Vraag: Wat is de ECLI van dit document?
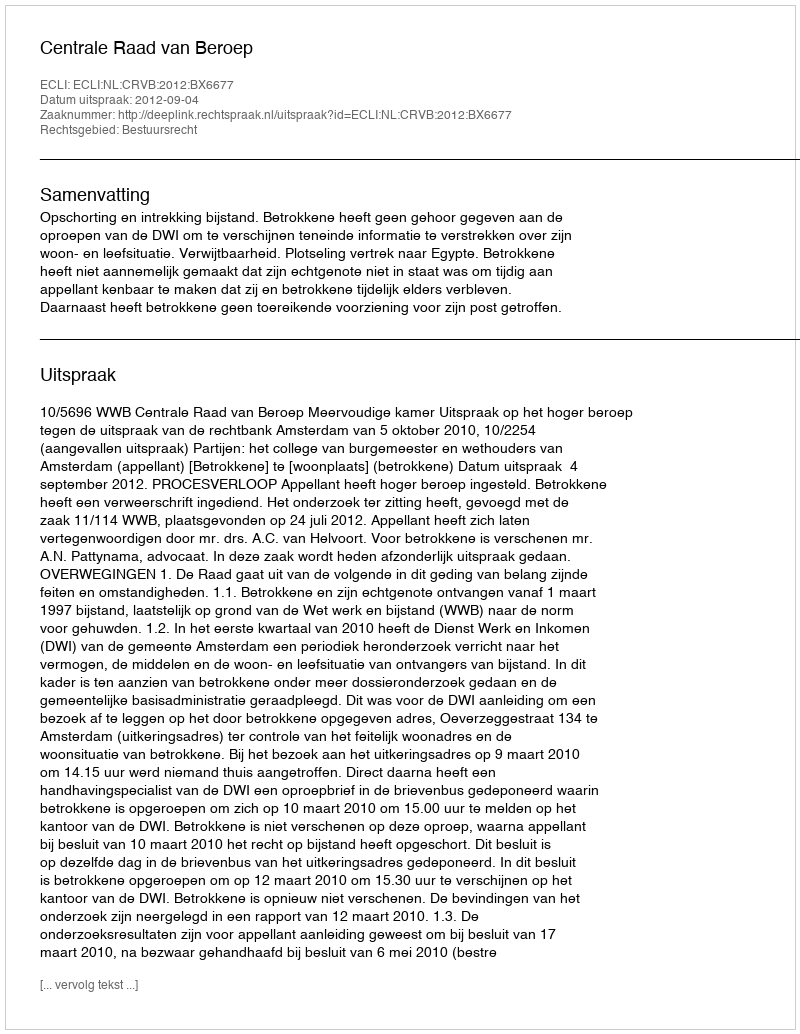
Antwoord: ECLI:NL:CRVB:2012:BX6677